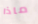
ماذا